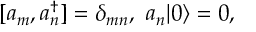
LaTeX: [ a _ { m } , a _ { n } ^ { \dagger } ] = \delta _ { m n } , \ a _ { n } | 0 \rangle = 0 ,